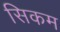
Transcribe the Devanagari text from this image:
सिकम